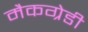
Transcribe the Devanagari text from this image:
मैकग्रेडी